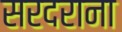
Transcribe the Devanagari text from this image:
सरदराना